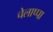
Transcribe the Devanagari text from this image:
चेलाप्पा